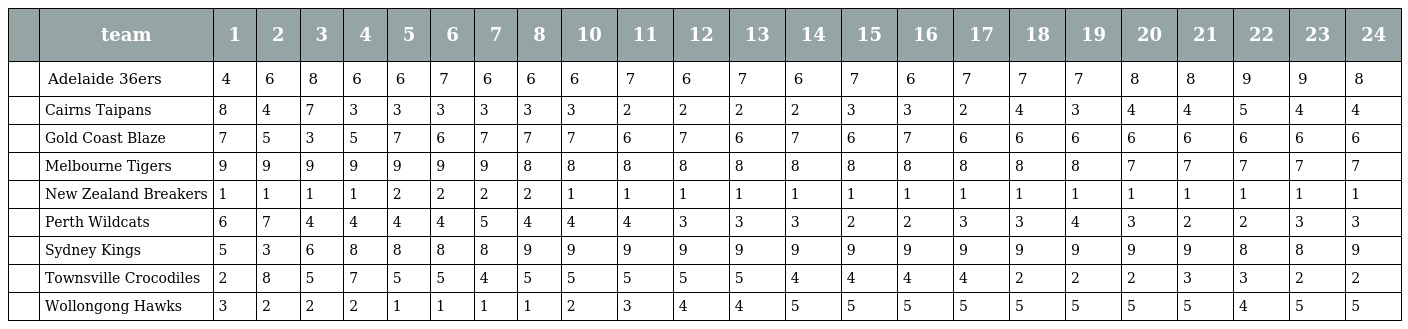
|  | team | 1 | 2 | 3 | 4 | 5 | 6 | 7 | 8 | 10 | 11 | 12 | 13 | 14 | 15 | 16 | 17 | 18 | 19 | 20 | 21 | 22 | 23 | 24 |
 | --- | --- | --- | --- | --- | --- | --- | --- | --- | --- | --- | --- | --- | --- | --- | --- | --- | --- | --- | --- | --- | --- | --- | --- | --- |
 |  | Adelaide 36ers | 4 | 6 | 8 | 6 | 6 | 7 | 6 | 6 | 6 | 7 | 6 | 7 | 6 | 7 | 6 | 7 | 7 | 7 | 8 | 8 | 9 | 9 | 8 |
 |  | Cairns Taipans | 8 | 4 | 7 | 3 | 3 | 3 | 3 | 3 | 3 | 2 | 2 | 2 | 2 | 3 | 3 | 2 | 4 | 3 | 4 | 4 | 5 | 4 | 4 |
 |  | Gold Coast Blaze | 7 | 5 | 3 | 5 | 7 | 6 | 7 | 7 | 7 | 6 | 7 | 6 | 7 | 6 | 7 | 6 | 6 | 6 | 6 | 6 | 6 | 6 | 6 |
 |  | Melbourne Tigers | 9 | 9 | 9 | 9 | 9 | 9 | 9 | 8 | 8 | 8 | 8 | 8 | 8 | 8 | 8 | 8 | 8 | 8 | 7 | 7 | 7 | 7 | 7 |
 |  | New Zealand Breakers | 1 | 1 | 1 | 1 | 2 | 2 | 2 | 2 | 1 | 1 | 1 | 1 | 1 | 1 | 1 | 1 | 1 | 1 | 1 | 1 | 1 | 1 | 1 |
 |  | Perth Wildcats | 6 | 7 | 4 | 4 | 4 | 4 | 5 | 4 | 4 | 4 | 3 | 3 | 3 | 2 | 2 | 3 | 3 | 4 | 3 | 2 | 2 | 3 | 3 |
 |  | Sydney Kings | 5 | 3 | 6 | 8 | 8 | 8 | 8 | 9 | 9 | 9 | 9 | 9 | 9 | 9 | 9 | 9 | 9 | 9 | 9 | 9 | 8 | 8 | 9 |
 |  | Townsville Crocodiles | 2 | 8 | 5 | 7 | 5 | 5 | 4 | 5 | 5 | 5 | 5 | 5 | 4 | 4 | 4 | 4 | 2 | 2 | 2 | 3 | 3 | 2 | 2 |
 |  | Wollongong Hawks | 3 | 2 | 2 | 2 | 1 | 1 | 1 | 1 | 2 | 3 | 4 | 4 | 5 | 5 | 5 | 5 | 5 | 5 | 5 | 5 | 4 | 5 | 5 |